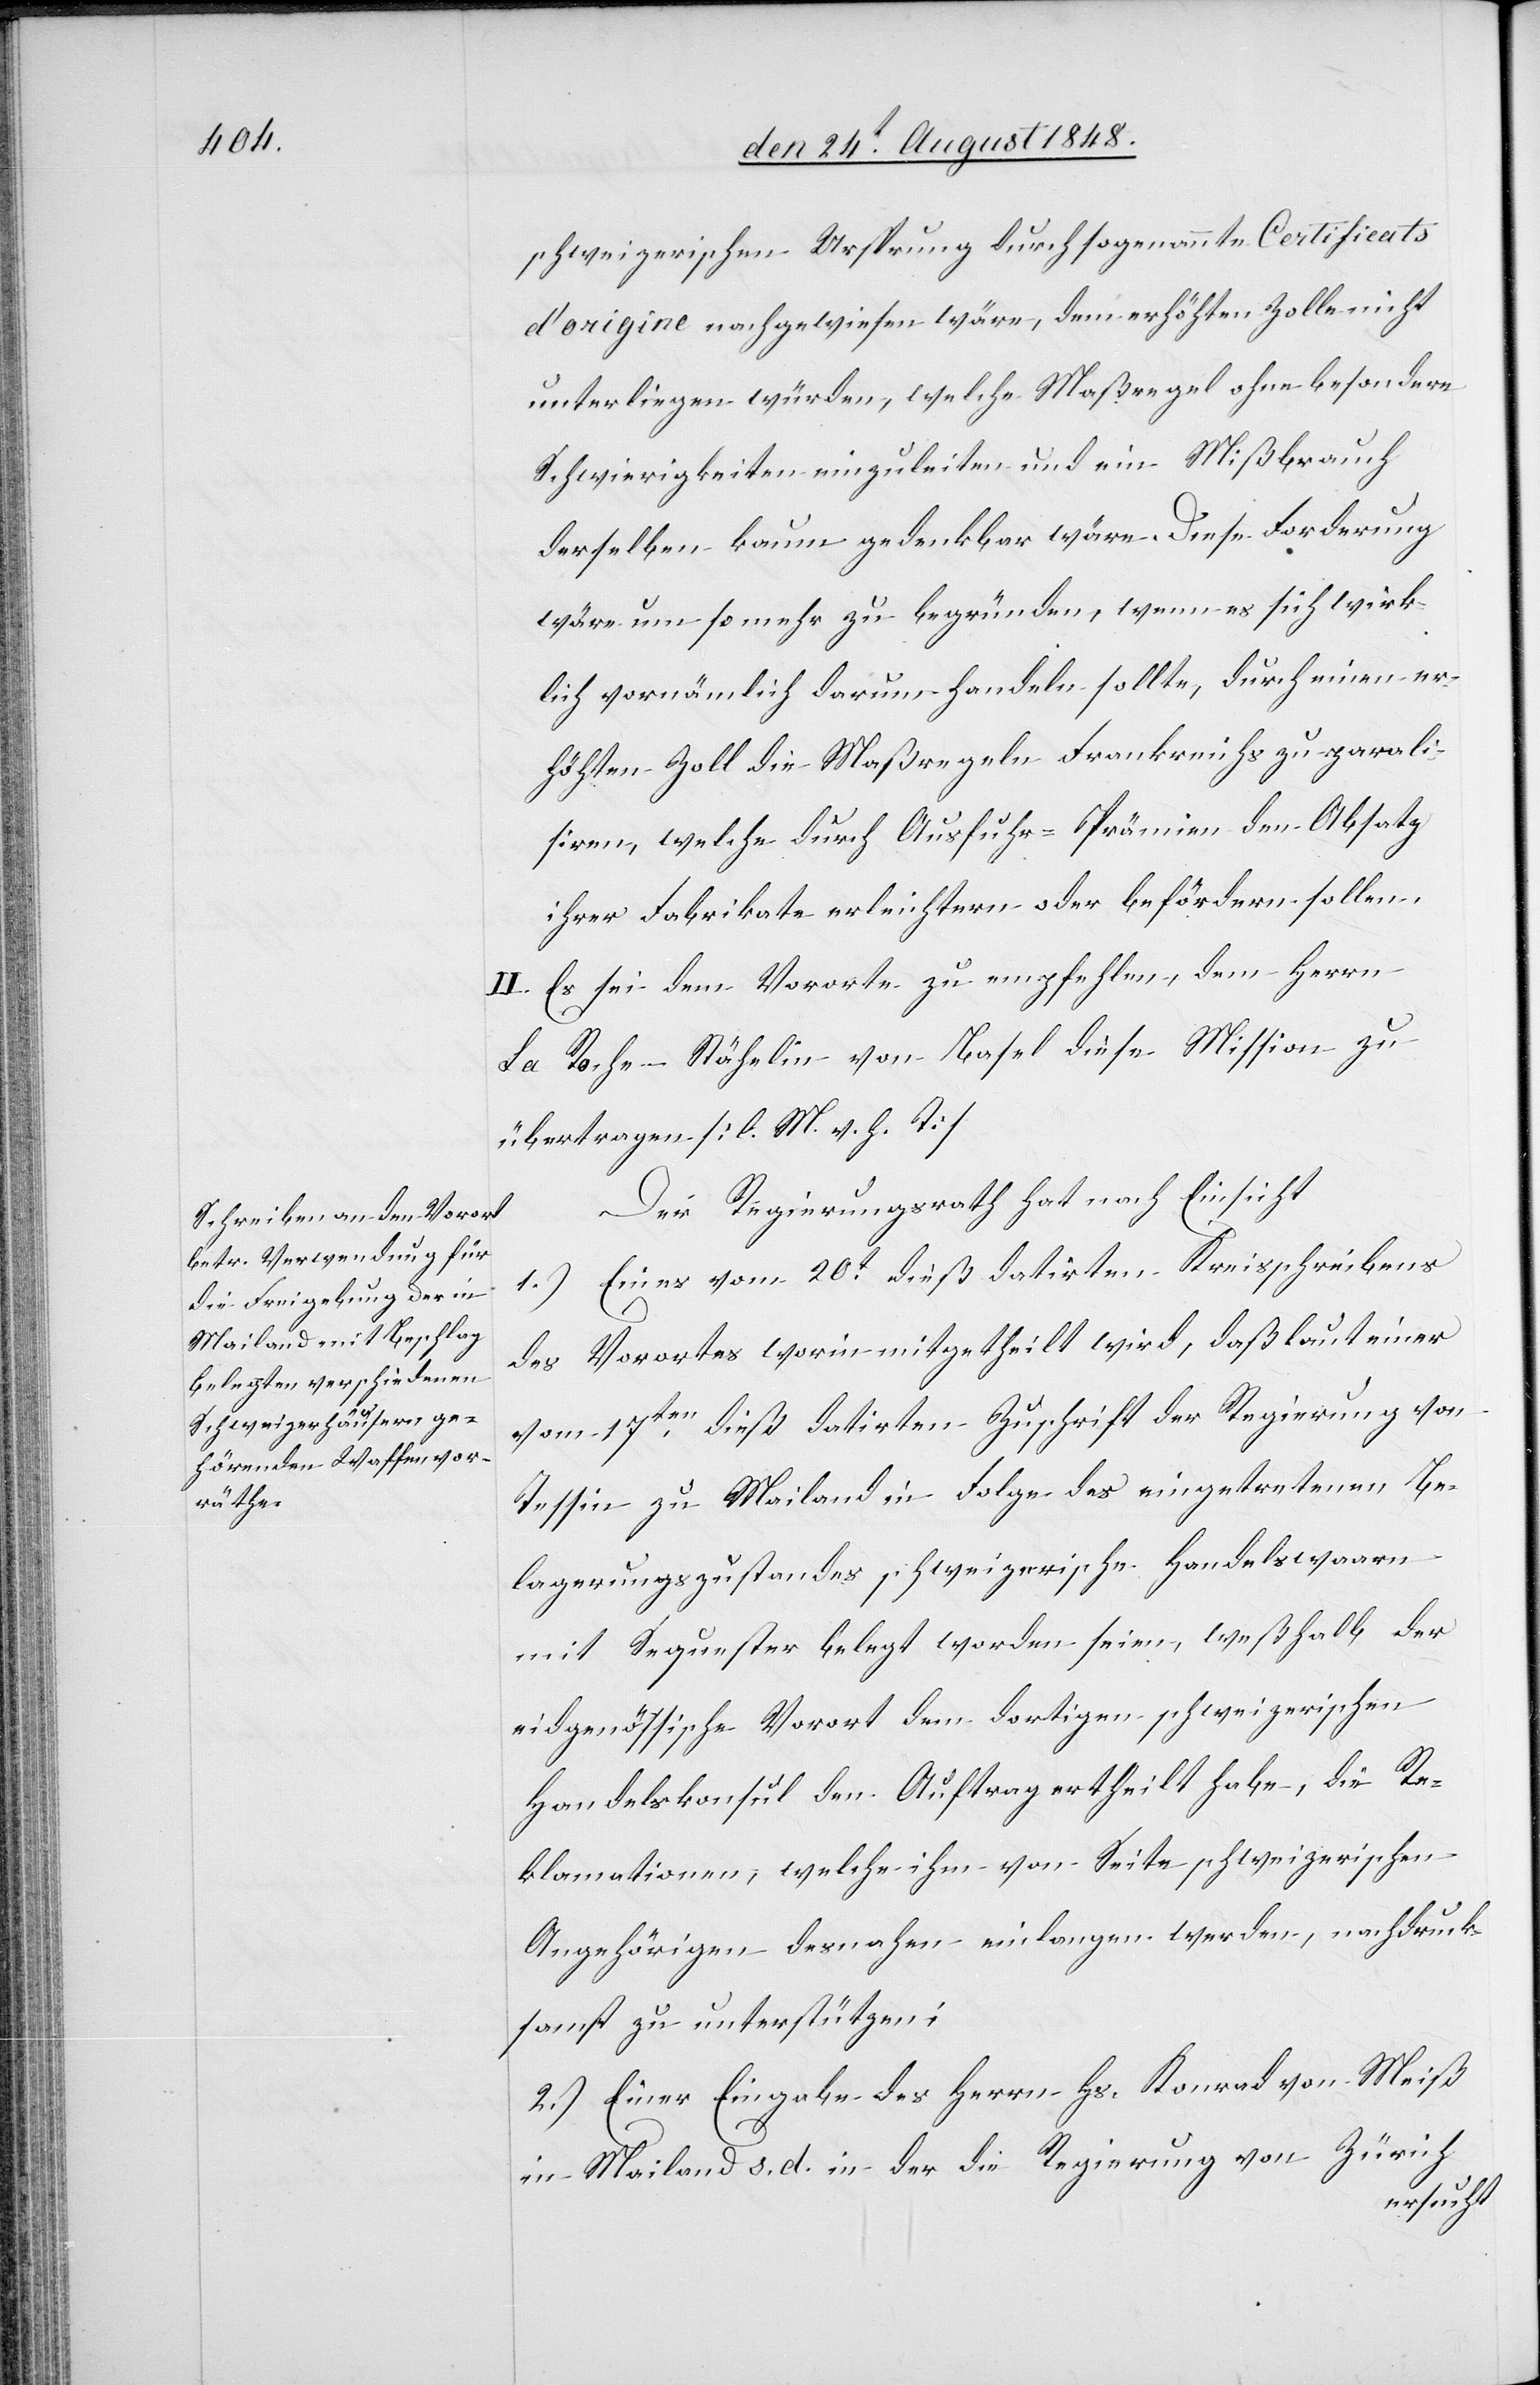
schweizerischen Ursprung durch sogenannte Certificats
d’origine nachgewiesen wäre, dem erhöhten Zolle nicht
unterliegen würden, welche Maßregel ohne besondere
Schwierigkeiten einzuleiten und ein Mißbrauch
derselben kaum gedenkbar wäre. Diese Forderung
wäre um so mehr zu begründen, wenn es sich wirk¬
lich vornämlich darum handeln sollte, durch einen er¬
höhten Zoll die Maßregeln Frankreichs zu parali¬
siren, welche durch Ausfuhr-Prämien den Absatz
ihrer Fabrikate erleichtern oder befördern sollen.
II. Es sei dem Vororte zu empfehlen, dem Herrn
La Roche-Stähelin von Basel diese Mission zu
übertragen. [l. M. v. h. T]
Der Regierungsrath hat nach Einsicht
1.) Eines vom 20t dieß datirten Kreisschreibens
des Vorortes worin mitgetheilt wird, daß laut einer
vom 17ten dieß datirten Zuschrift der Regierung von
Tessin zu Mailand in Folge des eingetretenen Be¬
lagerungszustandes schweizerische Handelswaare
mit Sequester belegt worden seien, weßhalb der
eidgenössische Vorort dem dortigen schweizerischen
Handelskonsul den Auftrag erteilt habe, die Re¬
klamationen, welche ihm von Seite schweizerischen
Angehörigen desnahen einlangen werden, nachdruck¬
samst zu unterstützen;
2.) Einer Eingabe des Herrn Hs. Konrad von Meiß
in Mailand s. d. in der die Regierung von Zürich